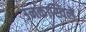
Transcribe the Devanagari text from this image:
उनकास्विले